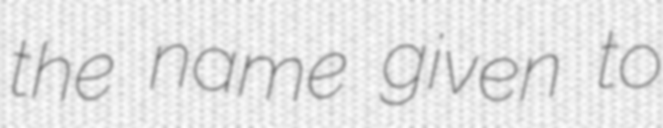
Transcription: the name given to